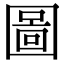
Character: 圖